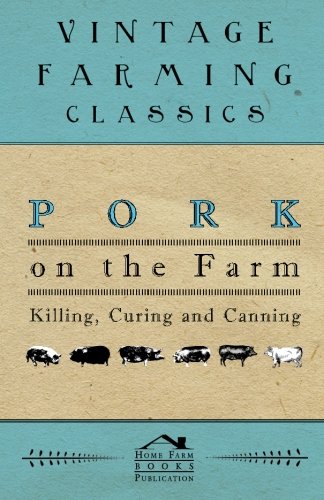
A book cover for Pork on the farm Killing, Curing and canning; Marion Harris Neil; Cookbooks, Food & Wine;